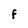
Character: F